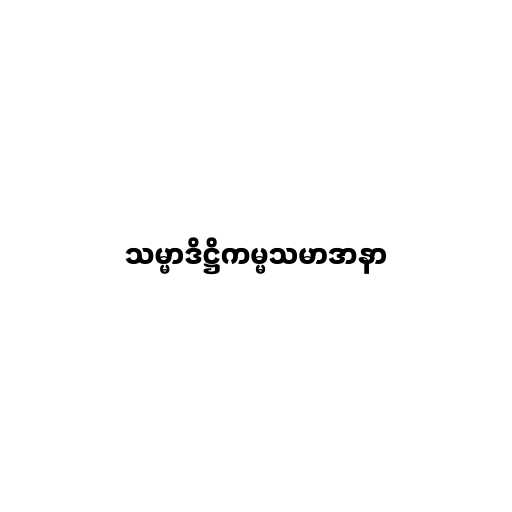
သမ္မာဒိဋ္ဌိကမ္မသမာဒာနာ